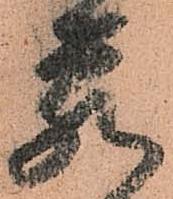
蔵